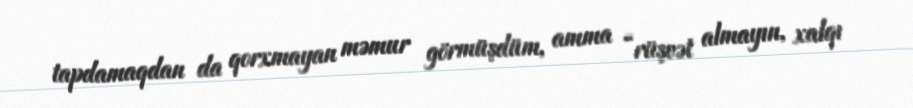
tapdamaqdan da qorxmayan məmur görmüşdüm, amma “rüşvət almayın, xalqı